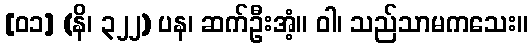
[၀၁] (နိ၊ ၃၂၂) ပန၊ ဆက်ဦးအံ့။ ဝါ၊ သည်သာမကသေး။